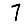
Digit: 7